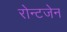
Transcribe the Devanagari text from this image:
रोन्टजेन